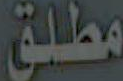
مطلق